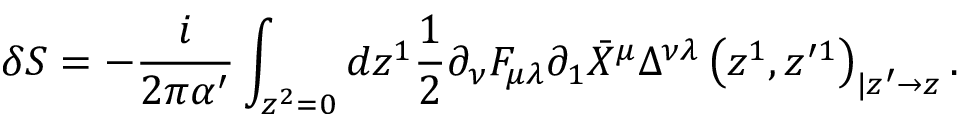
\delta S = - \frac { i } { 2 \pi \alpha ^ { \prime } } \int _ { z ^ { 2 } = 0 } d z ^ { 1 } \frac { 1 } { 2 } \partial _ { \nu } F _ { \mu \lambda } \partial _ { 1 } \bar { X } ^ { \mu } \Delta ^ { \nu \lambda } \left( z ^ { 1 } , z ^ { \prime 1 } \right) _ { | z ^ { \prime } \to z } .